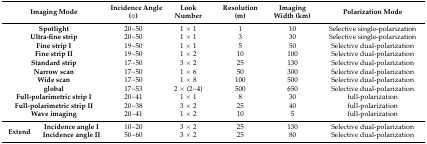
<table><thead><tr><td colspan="2"><b>Imaging Mode</b></td><td><b>Incidence Angle (◦)</b></td><td><b>Look Number</b></td><td><b>Resolution (m)</b></td><td><b>Imaging Width (km)</b></td><td><b>Polarization Mode</b></td></tr></thead><tbody><tr><td colspan="2"><b>Spotlight</b></td><td>20~50</td><td>1 × 1</td><td>1</td><td>10</td><td>Selective single-polarization</td></tr><tr><td colspan="2"><b>Ultra-fine strip</b></td><td>20~50</td><td>1 × 1</td><td>3</td><td>30</td><td>Selective single-polarization</td></tr><tr><td colspan="2"><b>Fine strip I</b></td><td>19~50</td><td>1 × 1</td><td>5</td><td>50</td><td>Selective dual-polarization</td></tr><tr><td colspan="2"><b>Fine strip II</b></td><td>19~50</td><td>1 × 2</td><td>10</td><td>100</td><td>Selective dual-polarization</td></tr><tr><td colspan="2"><b>Standard strip</b></td><td>17~50</td><td>3 × 2</td><td>25</td><td>130</td><td>Selective dual-polarization</td></tr><tr><td colspan="2"><b>Narrow scan</b></td><td>17~50</td><td>1 × 6</td><td>50</td><td>300</td><td>Selective dual-polarization</td></tr><tr><td colspan="2"><b>Wide scan</b></td><td>17~50</td><td>1 × 8</td><td>100</td><td>500</td><td>Selective dual-polarization</td></tr><tr><td colspan="2"><b>global</b></td><td>17~53</td><td>2 × (2~4)</td><td>500</td><td>650</td><td>Selective dual-polarization</td></tr><tr><td colspan="2"><b>Full-polarimetric strip I</b></td><td>20~41</td><td>1 × 1</td><td>8</td><td>30</td><td>full-polarization</td></tr><tr><td colspan="2"><b>Full-polarimetric strip II</b></td><td>20~38</td><td>3 × 2</td><td>25</td><td>40</td><td>full-polarization</td></tr><tr><td colspan="2"><b>Wave imaging</b></td><td>20~41</td><td>1 × 2</td><td>10</td><td>5</td><td>full-polarization</td></tr><tr><td rowspan="2"><b>Extend</b></td><td><b>Incidence angle I</b></td><td>10~20</td><td>3 × 2</td><td>25</td><td>130</td><td>Selective dual-polarization</td></tr><tr><td><b>Incidence angle II</b></td><td>50~60</td><td>3 × 2</td><td>25</td><td>80</td><td>Selective dual-polarization</td></tr></tbody></table>